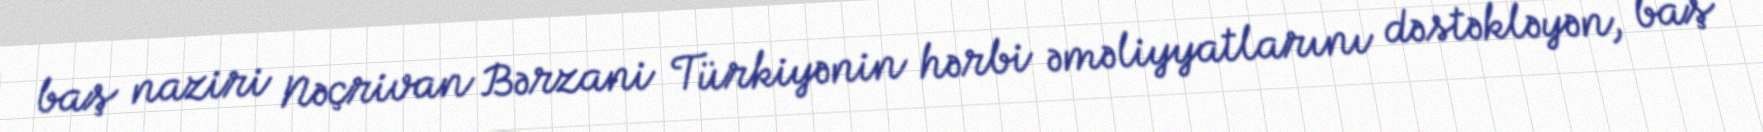
baş naziri Nəçrivan Bərzani Türkiyənin hərbi əməliyyatlarını dəstəkləyən, baş